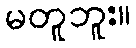
မတူဘူး။